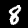
Digit: 8